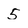
Character: 5